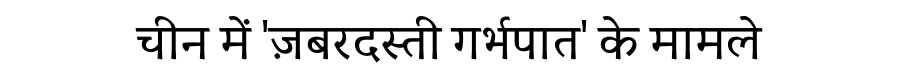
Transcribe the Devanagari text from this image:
चीन में 'ज़बरदस्ती गर्भपात' के मामले